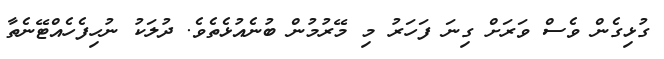
ގުޅިގެން ވެސް ވަރަށް ގިނަ ފަހަރު މި މޭރުމުން ބުނެއުޅެތެވެ. ދުލަކު ނުހިފެހެއްޓޭނެތާ